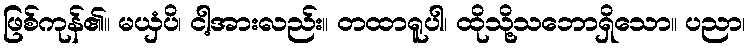
ဖြစ်ကုန်၏။ မယှံပိ၊ ငါ့အားလည်း။ တထာရူပါ၊ ထိုသို့သဘောရှိသော။ ပညာ၊